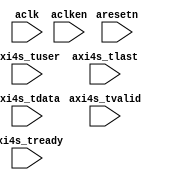
// ---------------------------------------------------------------------------
//  Jelly  -- The platform for real-time computing
//
//
//                                 Copyright (C) 2008-2018 by Ryuji Fuchikami
//                                 https://github.com/ryuz/jelly.git
// ---------------------------------------------------------------------------



`timescale 1ns / 1ps
`default_nettype none


module jelly_axi4s_debug_monitor
        #(
            parameter   TUSER_WIDTH = 1,
            parameter   TDATA_WIDTH = 24,
            parameter   TIMER_WIDTH = 32,
            parameter   FRAME_WIDTH = 32,
            parameter   PIXEL_WIDTH = 32,
            parameter   X_WIDTH     = 16,
            parameter   Y_WIDTH     = 16
        )
        (
            input   wire                            aresetn,
            input   wire                            aclk,
            input   wire                            aclken,
            
            input   wire    [TUSER_WIDTH-1:0]       axi4s_tuser,
            input   wire                            axi4s_tlast,
            input   wire    [TDATA_WIDTH-1:0]       axi4s_tdata,
            input   wire                            axi4s_tvalid,
            input   wire                            axi4s_tready
        );
    
    
    (* MARK_DEBUG = "true" *)   reg     [TUSER_WIDTH-1:0]   dbg_axi4s_tuser;
    (* MARK_DEBUG = "true" *)   reg                         dbg_axi4s_tlast;
    (* MARK_DEBUG = "true" *)   reg     [TDATA_WIDTH-1:0]   dbg_axi4s_tdata;
    (* MARK_DEBUG = "true" *)   reg                         dbg_axi4s_tvalid;
    (* MARK_DEBUG = "true" *)   reg                         dbg_axi4s_tready;
    
    (* MARK_DEBUG = "true" *)   reg     [TIMER_WIDTH-1:0]   dbg_timer;
    (* MARK_DEBUG = "true" *)   reg     [PIXEL_WIDTH-1:0]   dbg_pixel;
    (* MARK_DEBUG = "true" *)   reg     [FRAME_WIDTH-1:0]   dbg_frame;
    (* MARK_DEBUG = "true" *)   reg     [X_WIDTH-1:0]       dbg_x;
    (* MARK_DEBUG = "true" *)   reg     [Y_WIDTH-1:0]       dbg_y;
    (* MARK_DEBUG = "true" *)   reg     [X_WIDTH-1:0]       dbg_width;
    (* MARK_DEBUG = "true" *)   reg     [Y_WIDTH-1:0]       dbg_height;
    
    always @(posedge aclk) begin
        dbg_axi4s_tuser  <= axi4s_tuser;
        dbg_axi4s_tlast  <= axi4s_tlast;
        dbg_axi4s_tdata  <= axi4s_tdata;
        dbg_axi4s_tvalid <= axi4s_tvalid;
        dbg_axi4s_tready <= axi4s_tready;
    end
    
    always @(posedge aclk) begin
        if ( ~aresetn ) begin
            dbg_timer  <= 0;
            dbg_pixel  <= 0;
            dbg_frame  <= 0;
            dbg_x      <= 0;
            dbg_y      <= 0;
            dbg_width  <= 0;
            dbg_height <= 0;
        end
        else if ( aclken ) begin
            dbg_timer <= dbg_timer + 1;
            
            if ( axi4s_tvalid && axi4s_tready ) begin
                dbg_pixel <= dbg_pixel + 1;
                dbg_x     <= dbg_x     + 1;
                
                if ( axi4s_tlast ) begin
                    dbg_x     <= 0;
                    dbg_y     <= dbg_y + 1;
                    dbg_width <= dbg_x + 1;
                end
                
                if ( axi4s_tuser[0] ) begin
                    dbg_frame  <= dbg_frame + 1;
                    dbg_pixel  <= 0;
    //              dbg_x      <= 0;
                    dbg_y      <= 0;
                    dbg_height <= dbg_y;
                end
            end
        end
    end
    
    
endmodule



`default_nettype wire



// end of file